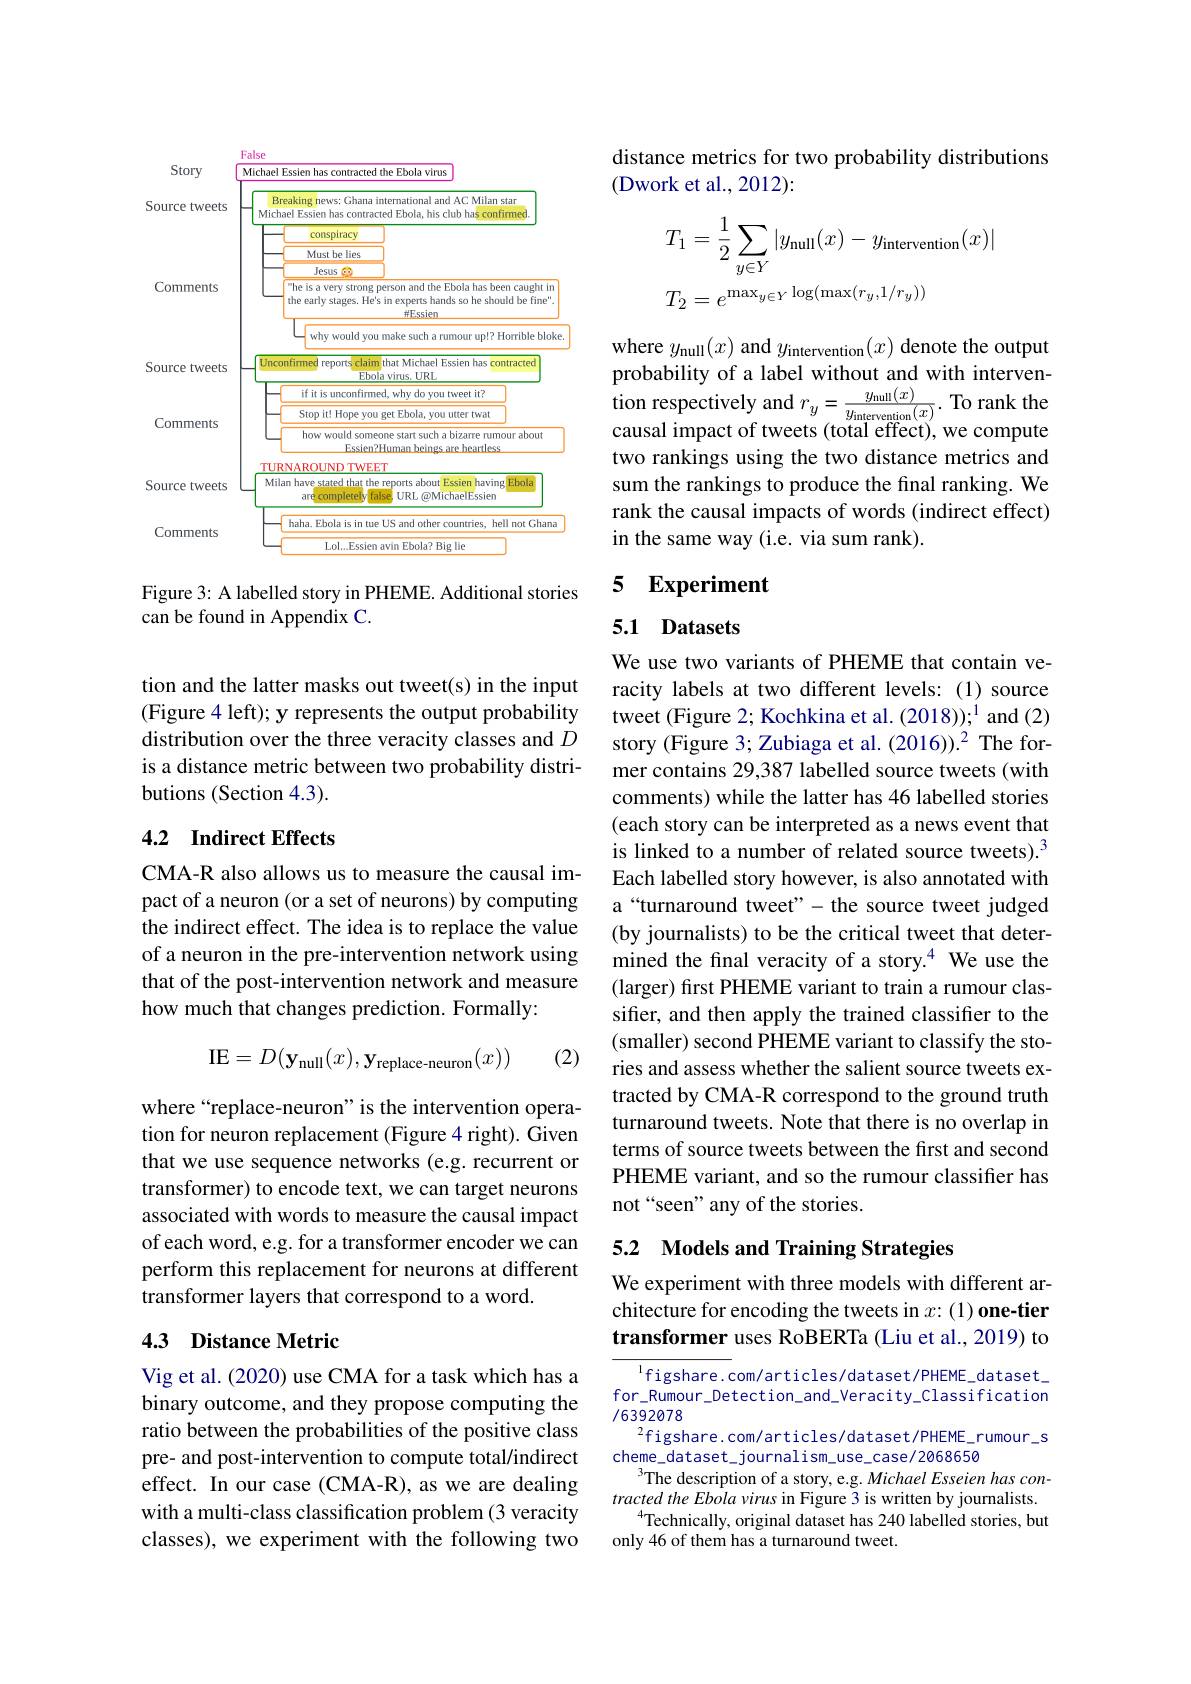
<FigureHere>

Figure 3: A labelled story in PHEME. Additional stories
can be found in Appendix C.

tion and the latter masks out tweet(s) in the input (Figure 4 left); y represents the output probability distribution over the three veracity classes and $D$ is a distance metric between two probability distributions (Section 4.3).

## 4.2 Indirect Effects

CMA-R also allows us to measure the causal impact of a neuron (or a set of neurons) by computing the indirect effect. The idea is to replace the value of a neuron in the pre-intervention network using that of the post-intervention network and measure how much that changes prediction. Formally:
$$\mathrm{IE}=D(\mathbf{y}_{\mathrm{null}}(x),\mathbf{y}_{\mathrm{replace-neuron}}(x))$$
(2)

where“replace-neuron”is the intervention operation for neuron replacement (Figure 4 right). Given that we use sequence networks (e.g. recurrent or transformer) to encode text, we can target neurons associated with words to measure the causal impact of each word, e.g. for a transformer encoder we can perform this replacement for neurons at different transformer layers that correspond to a word.

## 4.3 Distance Metric

Vig et al. (2020) use CMA for a task which has a binary outcome, and they propose computing the ratio between the probabilities of the positive class pre- and post-intervention to compute total/indirect effect. In our case (CMA-R), as we are dealing with a multi-class classification problem (3 veracity classes), we experiment with the following two

distance metrics for two probability distributions
(Dwork et al., 2012):
$$\begin{aligned}T_1&=\frac{1}{2}\sum_{y\in Y}|y_{\mathrm{null}}(x)-y_{\mathrm{intervention}}(x)|\\T_2&=e^{\max_{y\in Y}\log(\max(r_y,1/r_y))}\end{aligned}$$
where $y_\mathrm{null}(x)$ and $y_\mathrm{intervention}(x)$ denote the output probability of a label without and with intervention respectively and $r_y=\frac{y_{\mathrm{null}}(x)}{y_{\mathrm{intervention}}(x)}.$ To rank the causal impact of tweets (total effect), we compute two rankings using the two distance metrics and sum the rankings to produce the final ranking. We rank the causal impacts of words (indirect effect) in the same way (i.e. via sum rank).

## 5 Experiment

## 5.1 Datasets

We use two variants of PHEME that contain veracity labels at two different levels: (1) source tweet (Figure 2; Kochkina et al. (2018)); $^{1}$ and (2) story (Figure 3; Zubiaga et al. (2016)).$^{2}$ The former contains 29,387 labelled source tweets (with comments) while the latter has 46 labelled stories (each story can be interpreted as a news event that is linked to a number of related source tweets).$^{3}$ Each labelled story however, is also annotated with a“turnaround tweet”-the source tweet judged (by journalists) to be the critical tweet that determined the final veracity of a story.$^{4}$ We use the (larger) first PHEME variant to train a rumour classifier, and then apply the trained classifier to the (smaller) second PHEME variant to classify the stories and assess whether the salient source tweets extracted by CMA-R correspond to the ground truth turnaround tweets. Note that there is no overlap in terms of source tweets between the first and second PHEME variant, and so the rumour classifier has not“seen”any of the stories.

## 5.2 Models and Training Strategies

We experiment with three models with different architecture for encoding the tweets in $x{: }( 1) \textbf{one- tier}$ transformer uses RoBERTa (Liu et al., 2019) to

$\overline{{^{1}\mathrm{figshare.com/articles/dataset/PHEME_dataset_{-}}}}$ for\_Rumour\_Detection\_and\_Veracity\_Classification /6392078
figshare.com/articles/dataset/PHEME_rumour_s
cheme\_dataset\_journalism\_use\_case/2068650
The description of a story, e.g. Michael Esseien has contracted the Ebola virus in Figure 3 is written by journalists.
$^{4}$Technically, original dataset has 240 labelled stories, but
only 46 of them has a turnaround tweet.